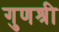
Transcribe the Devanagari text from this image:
गुणश्री